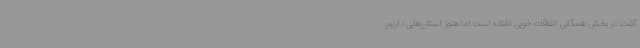
گفت: در بخش همگانی اتفاقات خوبی افتاده است اما هنوز استان‌هایی داریم